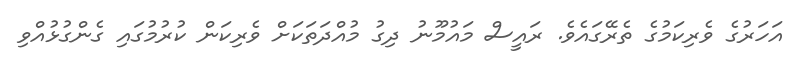
އަހަރުގެ ވެރިކަމުގެ ތެރޭގައެވެ. ރައީސް މައުމޫނު ދިގު މުއްދަތަކަށް ވެރިކަން ކުރުމުގައި ގެންގުޅުއްވި